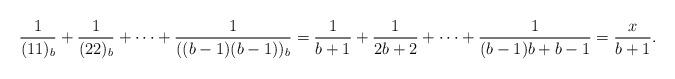
LaTeX: \begin{align*}\frac{1}{(11)_b}+\frac{1}{(22)_b}+\cdots+\frac{1}{((b-1)(b-1))_b} = \frac{1}{b+1} + \frac{1}{2b+2} + \cdots + \frac{1}{(b-1)b+b-1} = \frac{x}{b+1}.\end{align*}